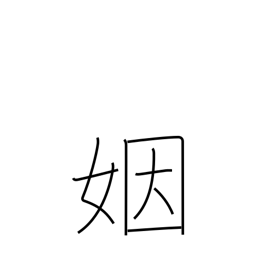
Meaning: matrimony